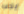
يجب